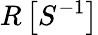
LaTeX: R\left[S^{-1}\right]